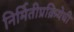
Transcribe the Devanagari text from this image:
निर्मितीप्रक्रियेची